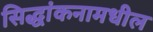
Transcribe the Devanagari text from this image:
सिद्धांकनामधील